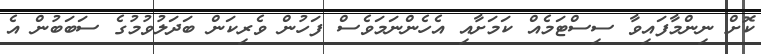
ކޮށް ނިންމާފައިވާ ސިސްޓަމެއް ކަމަށާއި އެހެންނަމަވެސް ފަހުން ވެރިކަން ބަދަލުވުމުގެ ސަބަބުން އެ